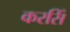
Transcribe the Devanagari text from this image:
करसिँ